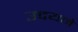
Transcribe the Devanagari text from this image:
उदयने